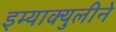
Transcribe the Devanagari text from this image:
इम्‍याक्‍युलीने